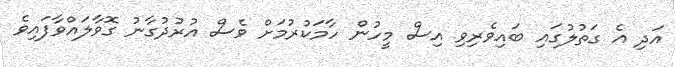
އަދި އެ ގަތުލުގައި ބައިވެރިވި އިސް މީހުން ހާމަކުރުމަށް ވެސް އުރުދުގާނު ގޮވާލައްވާފައިވެ